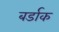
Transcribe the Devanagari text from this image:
बर्डाक